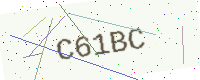
Text: C61BC